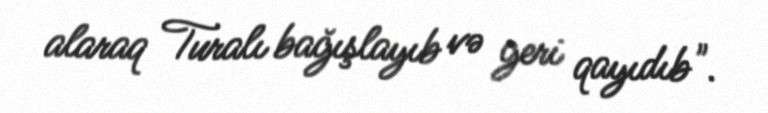
alaraq Turalı bağışlayıb və geri qayıdıb".